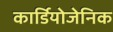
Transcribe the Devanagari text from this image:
कार्डियोजेनिक